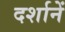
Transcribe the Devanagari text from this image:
दर्शानें